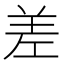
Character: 差